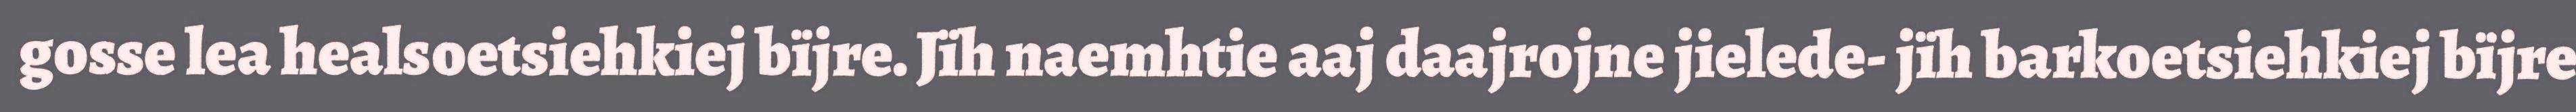
gosse lea healsoetsiehkiej bïjre. Jïh naemhtie aaj daajrojne jielede- jïh barkoetsiehkiej bïjre